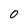
Character: 0